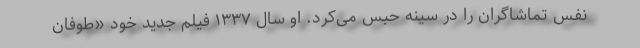
نفس تماشاگران را در سینه حبس می‌کرد. او سال ۱۳۳۷ فیلم جدید خود «طوفان